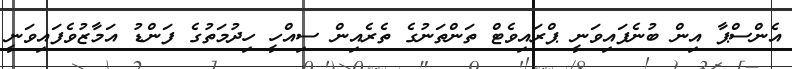
އެންސްޕާ އިން ބުނެފައިވަނީ ޕްރައިވެޓް ތަންތަނުގެ ތެރެއިން ސިއްހީ ހިދުމަތުގެ ފަންޑު އަމާޒުވެފައިވަނީ